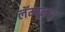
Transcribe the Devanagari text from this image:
लॅम्पूनस